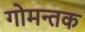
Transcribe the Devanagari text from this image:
गोमन्तक